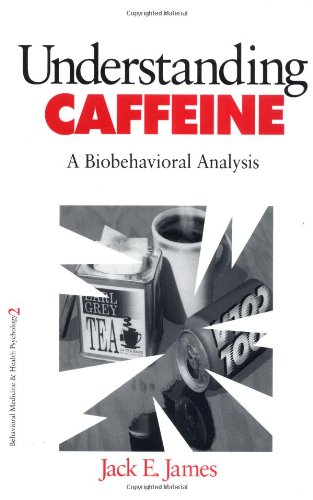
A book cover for Understanding Caffeine: A Biobehavioral Analysis (Behavioral Medicine and Health Psychology); Jack E. James; Health, Fitness & Dieting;